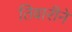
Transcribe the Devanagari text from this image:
तिवारीने